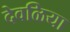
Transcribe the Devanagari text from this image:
देवळिया